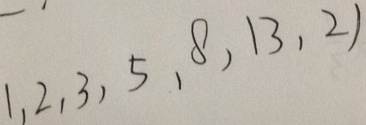
1 , 2 , 3 , 5 , 8 , 1 3 , 2 1